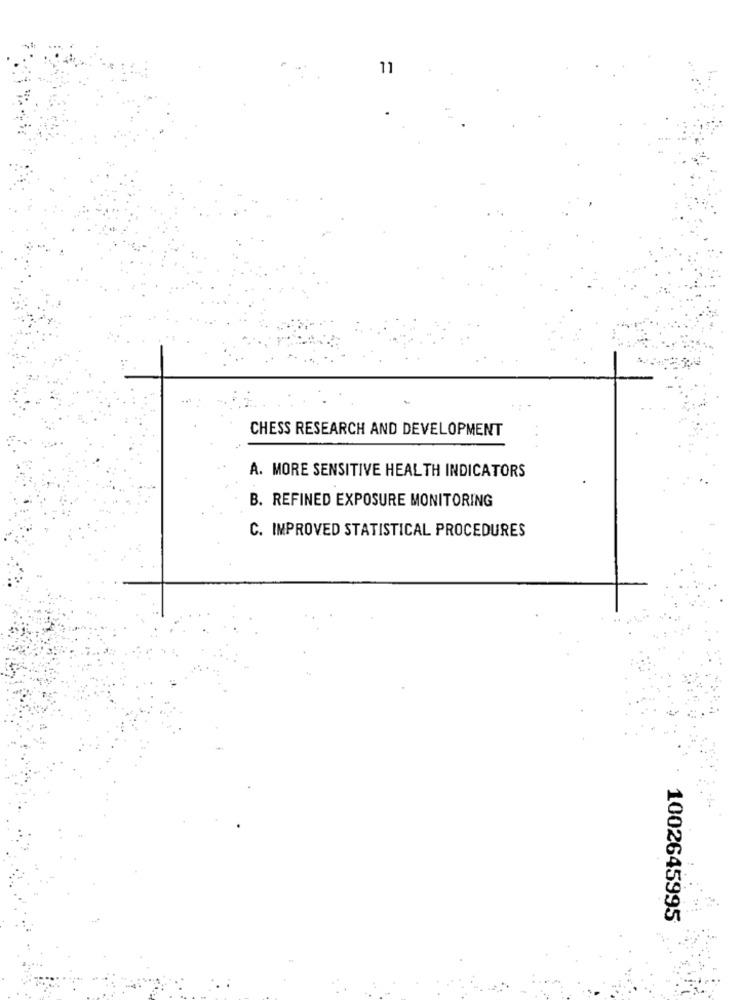
11
CHESS RESEARCH AND DEVELOPMENT
A. MORE SENSITIVE HEALTH INDICATORS
B. REFINED EXPOSURE MONITORING
C. IMPROVED STATISTICAL PROCEDURES
1002645995